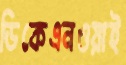
ডিকেএনওয়াই